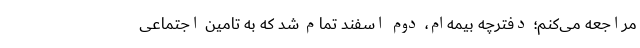
مراجعه می‌کنم؛ دفترچه بیمه‌ام، دوم اسفند تمام شد که به تامین اجتماعی